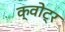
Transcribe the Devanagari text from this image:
क्वोट्र